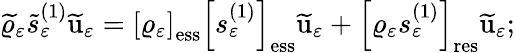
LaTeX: \widetilde{\varrho}_{\varepsilon}\widetilde{s}_{\varepsilon}^{(1)}\widetilde{\textbf{\textup{u}}}_{\varepsilon}=\left[\varrho_{\varepsilon}\right]_{\mathrm{ess}}\left[s_{\varepsilon}^{(1)}\right]_{\mathrm{ess}}\widetilde{\textbf{\textup{u}}}_{\varepsilon}+\left[\varrho_{\varepsilon}s_{\varepsilon}^{(1)}\right]_{\mathrm{res}}\widetilde{\textbf{\textup{u}}}_{\varepsilon};